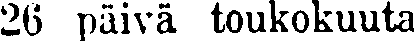
26 päivä toukokuuta